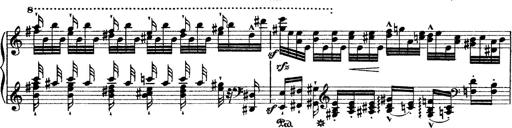
Title: Grande fantasie di bravura sur La clochette
Composer: Franz Liszt
Key: A minor